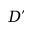
D ^ { \prime }